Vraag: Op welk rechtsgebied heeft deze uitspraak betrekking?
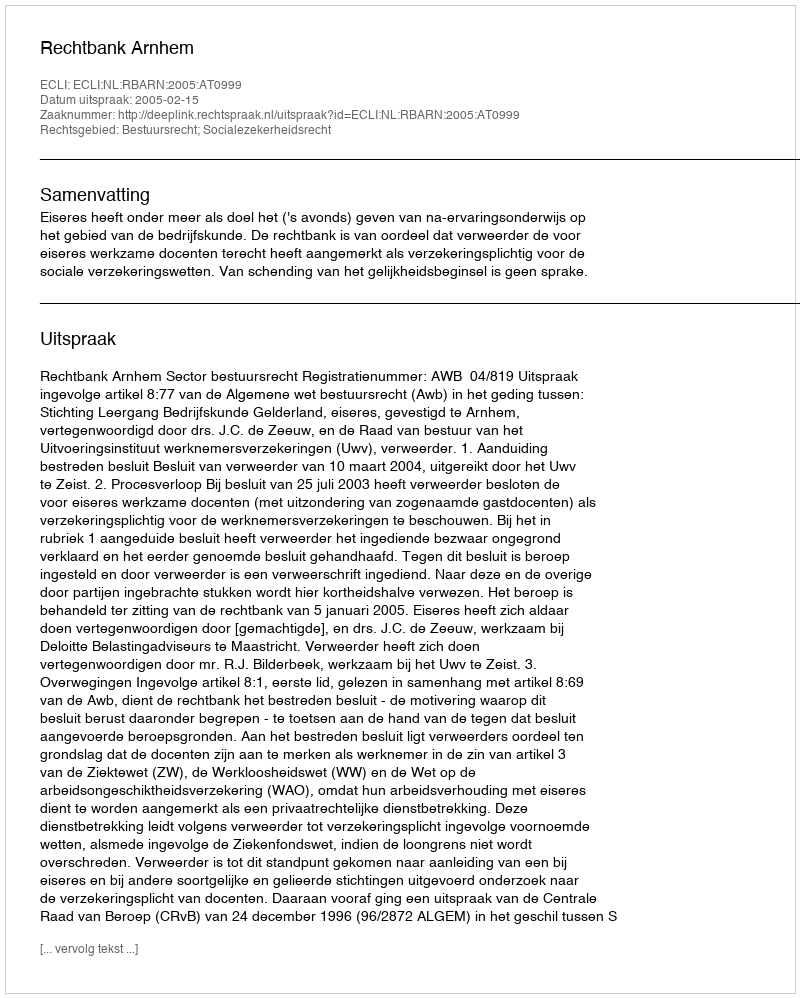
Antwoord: Bestuursrecht; Socialezekerheidsrecht